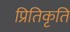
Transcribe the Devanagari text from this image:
प्रितिकृति